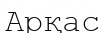
Арқас